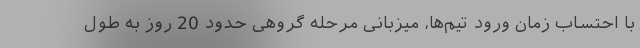
با احتساب زمان ورود تیم‌ها، میزبانی مرحله گروهی حدود 20 روز به طول